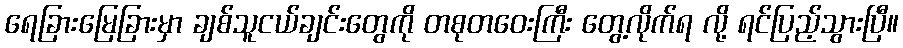
ရေခြားမြေခြားမှာ ချစ်သူငယ်ချင်းတွေကို တစုတဝေးကြီး တွေ့လိုက်ရ လို့ ရင်ပြည့်သွားပြီ။